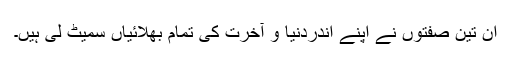
ان تین صفتوں نے اپنے اندردنیا و آخرت کی تمام بھلائیاں سمیٹ لی ہیں۔